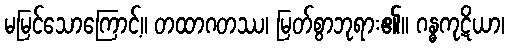
မမြင်သောကြောင့်။ တထာဂတဿ၊ မြတ်စွာဘုရား၏။ ဂန္ဓကုဋိယာ၊